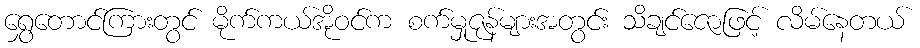
ရွှေတောင်ကြားတွင် မိုက်ကယ်အိုဝင်က စက်မှုဇုန်များအတွင်း သိချင်ဇောဖြင့် လိမ်နေတယ်